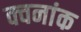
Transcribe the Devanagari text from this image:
क्वनांक